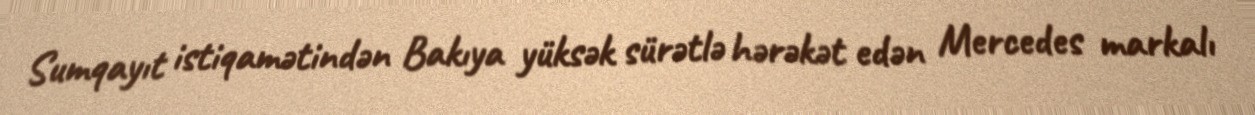
Sumqayıt istiqamətindən Bakıya yüksək sürətlə hərəkət edən Mercedes markalı